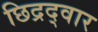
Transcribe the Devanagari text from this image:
छिद्रद्वार